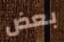
بعض